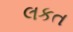
લકત